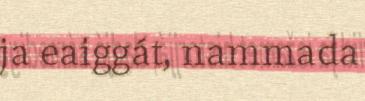
ja eaiggát, nammada